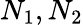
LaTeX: N_{1},N_{2}